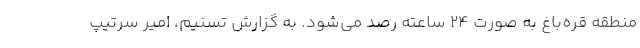
منطقه قره‌باغ به صورت ۲۴ ساعته رصد می‌شود. به گزارش تسنیم، امیر سرتیپ